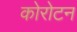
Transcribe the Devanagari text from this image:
कोरोटन